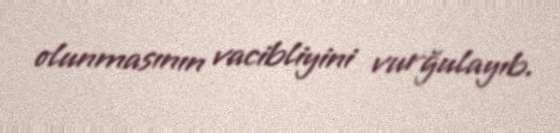
olunmasının vacibliyini vurğulayıb.